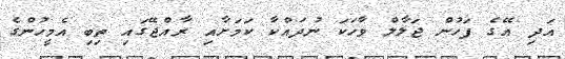
އަދި އޭގެ ފަހުން ޖަލާލް ވާހަކަ ނުދައްކާ ކަމަށާއި ރާއްޖޭގައި ތިބި އެމީހުންގެ